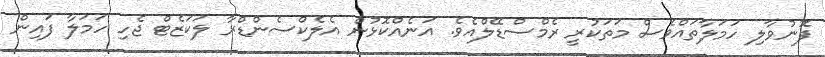
ފޮނުވާލި ހަމަލާތައްވެސް މަތަކުރީ ރެމްސްޑޭލްއެވެ. އަނެއްކޮޅުން އެލެކްސެންޑްރާ ލަކަޒެޓް ޖެހި ހަމަލާ ފައިން